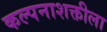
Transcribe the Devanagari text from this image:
कल्पनाशक्तीला